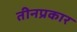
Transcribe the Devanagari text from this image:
तीनप्रकार